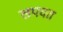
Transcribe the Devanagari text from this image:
लपवत